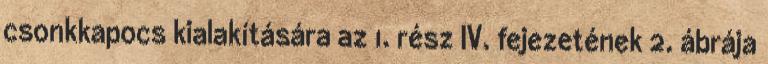
csonkkapocs kialakítására az 1. rész IV. fejezetének 2. ábrája